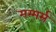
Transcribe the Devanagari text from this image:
मम्मर्स